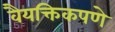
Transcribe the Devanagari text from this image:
वैयक्तिकपणे